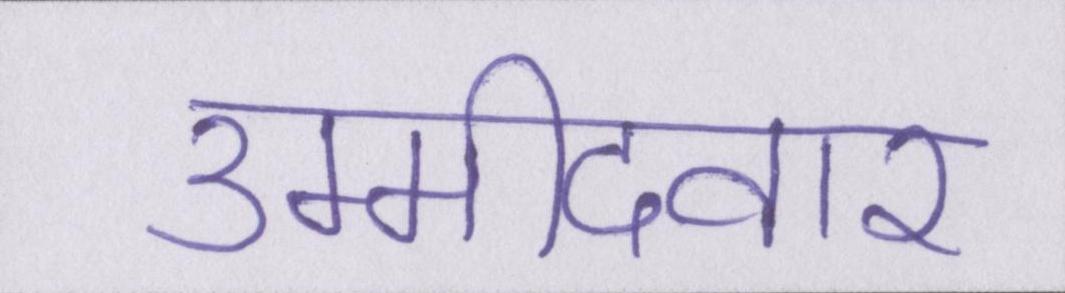
उम्मीदवार